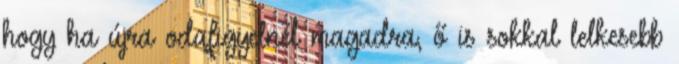
hogy ha újra odafigyelnél magadra, ő is sokkal lelkesebb